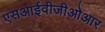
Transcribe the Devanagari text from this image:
एसआईवीजीओआर